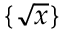
\{ { \sqrt { x } } \}